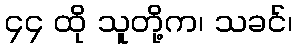
၄၄ ထို သူတို့က၊ သခင်၊